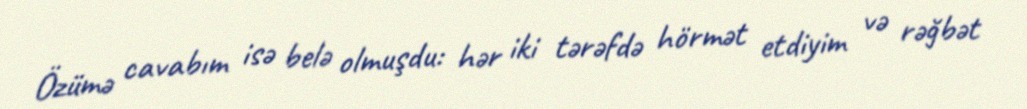
Özümə cavabım isə belə olmuşdu: hər iki tərəfdə hörmət etdiyim və rəğbət